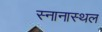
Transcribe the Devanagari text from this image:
स्नानास्थल